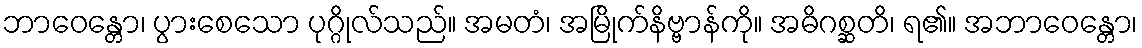
ဘာဝေန္တော၊ ပွားစေသော ပုဂ္ဂိုလ်သည်။ အမတံ၊ အမြိုက်နိဗ္ဗာန်ကို။ အဓိဂစ္ဆတိ၊ ရ၏။ အဘာဝေန္တော၊